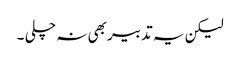
لیکن یہ تدبیر بھی نہ چلی ۔